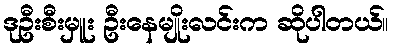
ဒုဦးစီးမှူး ဦးနေမျိုးလင်းက ဆိုပါတယ်။